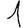
Digit: 1